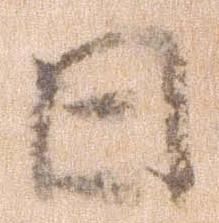
日